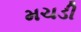
મચડી